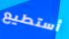
أستطيع